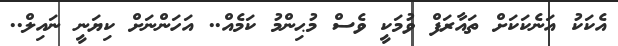
އެކަކު އަނެކަކަށް ތައާރަފް ވުމަކީ ވެސް މުޙިންމު ކަމެއް.. އަހަންނަށް ކިޔަނީ ނައިލް..